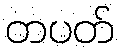
တပတ်